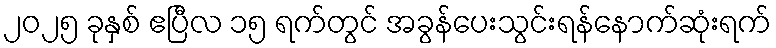
၂၀၂၅ ခုနှစ် ဧပြီလ ၁၅ ရက်တွင် အခွန်ပေးသွင်းရန်နောက်ဆုံးရက်